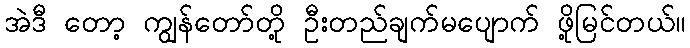
အဲဒီ တော့ ကျွန်တော်တို့ ဦးတည်ချက်မပျောက် ဖို့မြင်တယ်။